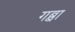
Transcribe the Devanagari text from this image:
गब्बा